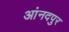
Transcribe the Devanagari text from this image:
आंनदपुर